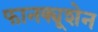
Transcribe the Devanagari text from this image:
फानक्यूशेन